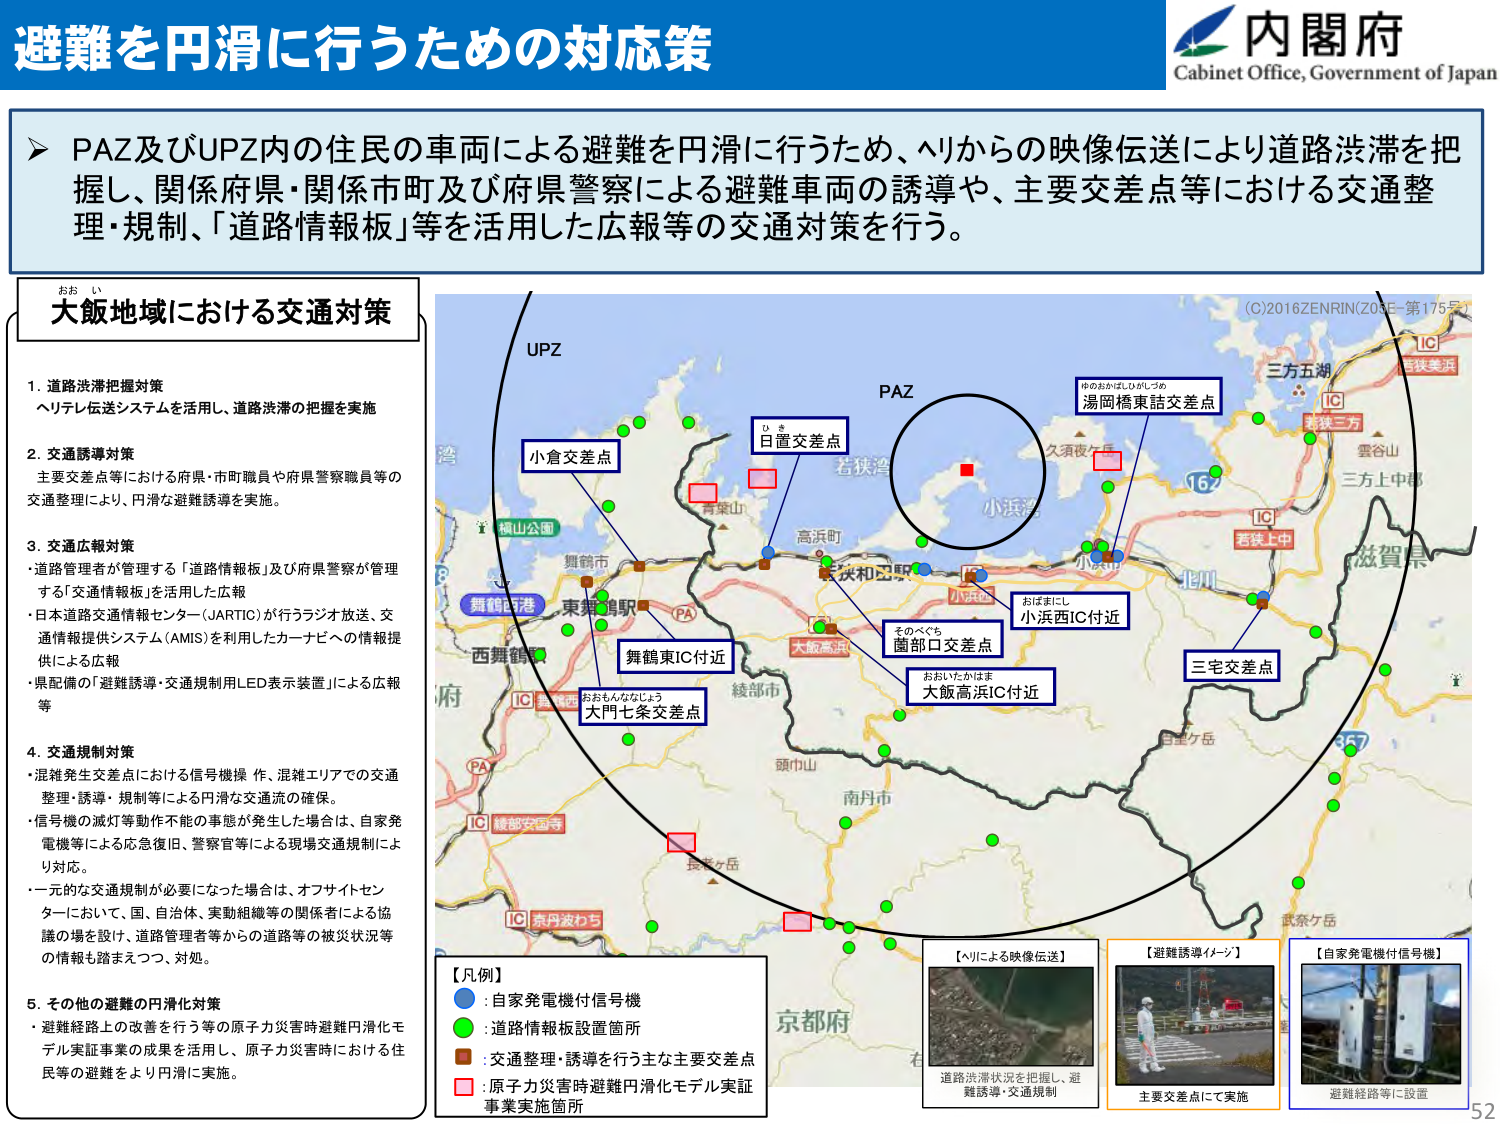
避難を円滑に行うための対応策

内閣府
Cabinet Office, Government of Japan

➤ PAZ及びUPZ内の住民の車両による避難を円滑に行うため、ヘリからの映像伝送により道路渋滞を把握し、関係府県・関係市町及び府県警察による避難車両の誘導や、主要交差点等における交通整理・規制、「道路情報板」等を活用した広報等の交通対策を行う。

大飯地域における交通対策

1. 道路渋滞把握対策
ヘリテレ伝送システムを活用し、道路渋滞の把握を実施

2. 交通誘導対策
主要交差点等における府県・市町職員や府県警察職員等の交通整理により、円滑な避難誘導を実施。

3. 交通広報対策
・道路管理者が管理する「道路情報板」及び府県警察が管理する「交通情報板」を活用した広報
・日本道路交通情報センター（JARTIC）が行うラジオ放送、交通情報提供システム（AMIS）を活用したカーナビへの情報提供による広報
・県配備の「避難誘導・交通規制用LED表示装置」による広報等

4. 交通規制対策
・混雑発生交差点における信号機操作、混雑エリアでの交通整理・誘導・規制等による円滑な交通流の確保。
・信号機の滅灯等動作不能の事態が発生した場合は、自家発電機等による応急復旧、警察官等による現場交通規制により対応。
・一元的な交通規制が必要になった場合は、オフサイトセンターにおいて、国、自治体、実動組織等の関係者による協議の場を設け、道路管理者等からの道路等の被災状況等の情報を踏まえつつ、対処。

5. その他の避難の円滑化対策
・避難経路上の改善を行う等の原子力災害時避難円滑化モデル実証事業の成果を活用し、原子力災害時における住民等の避難をより円滑に実施。

【凡例】
● : 自家発電機付信号機
● : 道路情報板設置箇所
● : 交通整理・誘導を行う主な主要交差点
● : 原子力災害時避難円滑化モデル実証事業実施箇所

UPZ
PAZ
小倉交差点
日置交差点
舞鶴東IC付近
大門七条交差点
藤部口交差点
大飯高浜IC付近
小浜西IC付近
三宅交差点
湯岡橋東詰交差点

(C)2016ZENRIN(Z06E-第175号)

【ヘリによる映像伝送】
道路渋滞状況を把握し、避難誘導・交通規制

【避難誘導イメージ】
主要交差点にて実施

【自家発電機付信号機】
避難経路等に設置

52